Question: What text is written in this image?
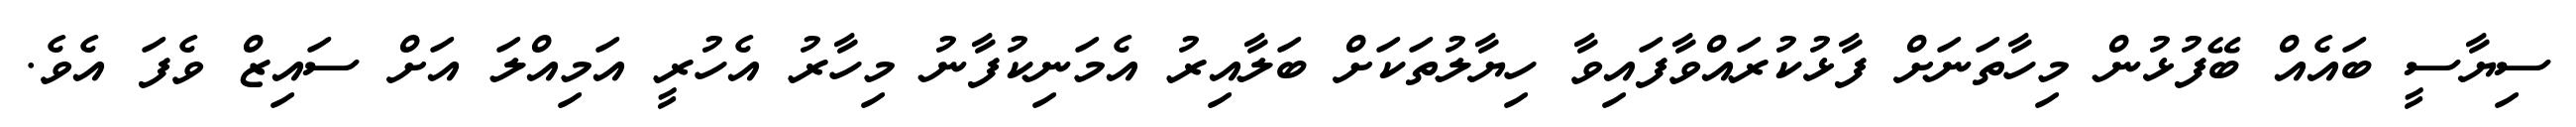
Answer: ސިޔާސީ ބައެއް ބޭފުޅުން މިހާތަނަށް ފާޅުކުރައްވާފައިވާ ހިޔާލުތަކަށް ބަލާއިރު އެމަނިކުފާނު މިހާރު އެހުރީ އަމިއްލަ އަށް ސައިޒް ވެފަ އެވެ.